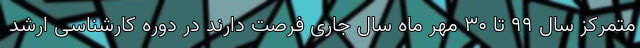
متمرکز سال ۹۹ تا ۳۰ مهر ماه سال جاری فرصت دارند در دوره کارشناسی ارشد